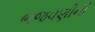
ભજવણીની